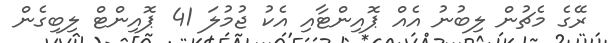
ރޭގެ މެޗުން ލިބުނު އެއް ޕޮއިންޓާއި އެކު ޖުމުލަ 41 ޕޮއިންޓް ލިބިގެން